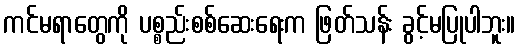
ကင်မရာတွေကို ပစ္စည်းစစ်ဆေးရေးက ဖြတ်သန်း ခွင့်မပြုပါဘူး။